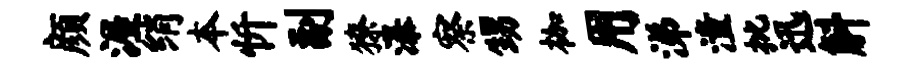
颜渥绡本忻副獠瀑察甥枷用涕潼批迅斛